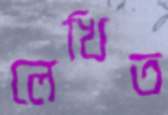
লেখিত